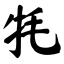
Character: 牦